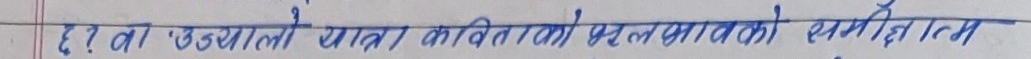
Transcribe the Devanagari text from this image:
२ मा उड्यालो यात्रा कविताको मूलभावको सारांश लेख